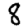
Digit: 8